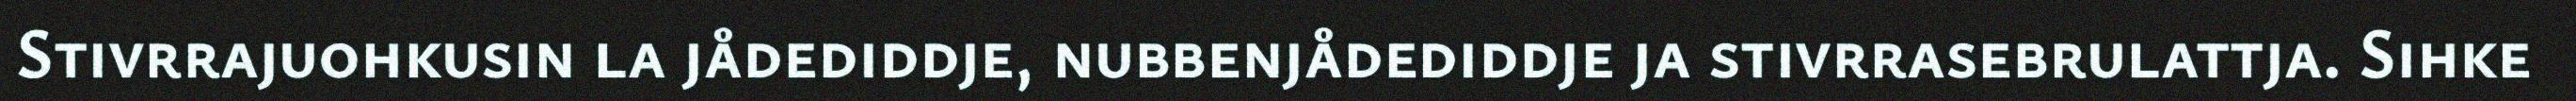
Stivrrajuohkusin la jådediddje, nubbenjådediddje ja stivrrasebrulattja. Sihke